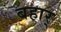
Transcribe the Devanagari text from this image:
बहार्